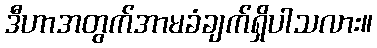
ဒီဟာအတွက်အာမခံချက်ရှိပါသလား။